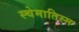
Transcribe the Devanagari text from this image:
स्चेमातिस्म